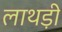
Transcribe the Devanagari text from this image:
लाथड़ी